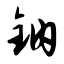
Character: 钠